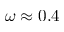
\omega \approx 0 . 4